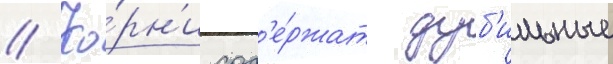
// Ко́рн'и сод'е́ржат дуб'ильные